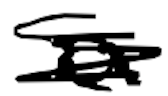
Text: a
Cross-out: mix
Writing tool: digital_black